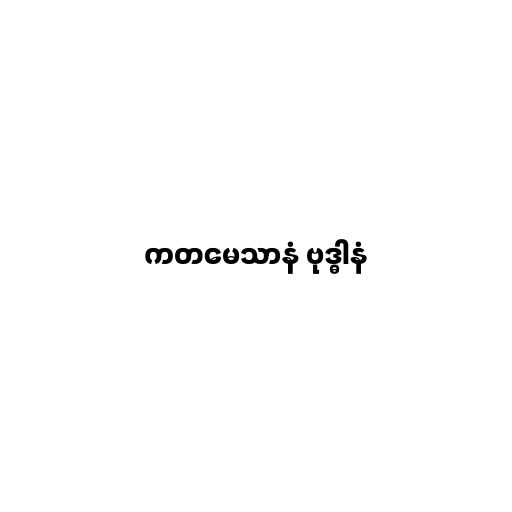
ကတမေသာနံ ဗုဒ္ဓါနံ